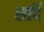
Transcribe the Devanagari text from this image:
सर्दि